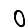
Digit: 0